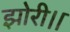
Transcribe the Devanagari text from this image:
झोरी।।